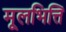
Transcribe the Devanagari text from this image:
मूलभित्ति